Dysentery and liver abscess in Bombay - Number 47
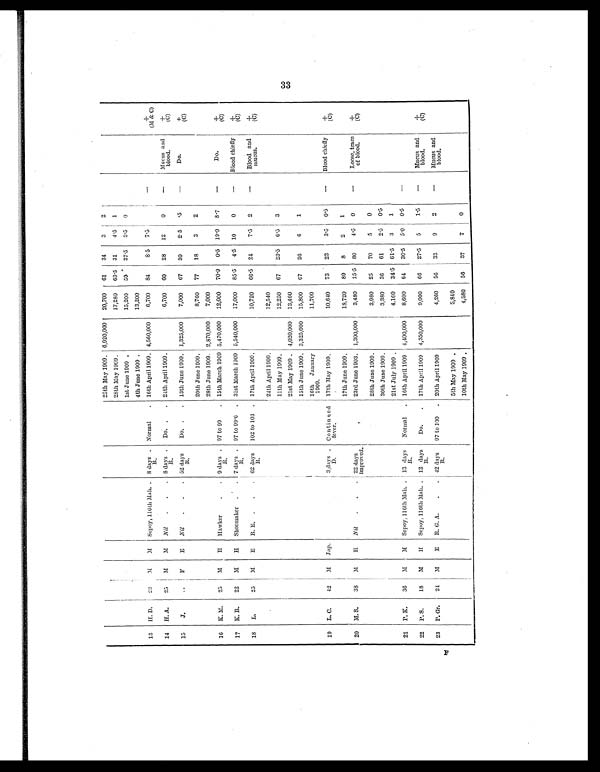
25th May 1909. 6,920,000 20,700 61
34
3 2
28th May 1909.
17,280 63.5 31
4.5 1
1st June 1909
15,200 59
37.5 3.5 0
4th June 1909
13,200
13 H D.
23
M
M Scpoy, 116th Mah.
8 days .
R.
Normal
16th April 1909. 4,560,000
6,700 84
8.5 7.5
—
+
(M & C)
14 H A.
25
M
M Nil
.
.
. 8 days R.
R.
Do
24th April 1909.
6,700 60
28
12
0
—
Mucus and
blood.
+
(C)
15
J
..
F
E Nil
.
.
. 52 days R .
Do
13th June 1909. 1,325,000
7,000 67
30
2.5
5
—
Do.
+
(C)
20th June 1909.
8,760 77
18
3
2
28th June 1909. 2,870,000
7,000
16 K. M.
25
M
H Hawker
.
. 9 days
R.
97 to 99
15th March 1909 5,470,000 12,000 70.9 0.5 19.9 8.7
—
Do.
+
(C)
17 K. R.
22
M
H Shoemaker .
. 7 days
R.
97 to 99 .6
31st March 1909 5,540,000 17,000 85.5 4.5 10
0
— Blood chiefly
+
(C)
18 L.
25
M
E R. E. .
.
. 62 days
R.
102 to 103
17th April 1909.
10,720 66.5 24
7.5 2
—
Blood and
mucus.
+
(C)
24th April 1909.
12,540
11th May 1909.
12,250 67
23.5 6.5 3
21st May 1909. 4,020,000 13,460
15th June 1909. 3,325,000 15,800 67
26
6
1
16th January
11,700
1909.
19 L. C.
42
M
Jap.
3 days .
D.
Continued
fever.
17th May 1909.
10,640 73
23
3.5 0.5
— Blood chiefly
+
(C)
17th June 1909.
18,720 89
8
2
1
20 M. S.
38
M
H Nil
.
.
. 22 days
improved.
,
23rd June 1903. 1,300,000
3,480 15.5 80
4.5 0
—
Loose, trace
of blood.
+
(C)
28th June 1909.
3,980 25
70
5
0
30th June 1909.
3,380 36
61
2.5 0.5
21st July 1909 .
4,160 34.5 61.5 3
1
21 P. K.
36
M
M Sepoy, 116th Mah. . 13 days R .
Normal . 16th April 1909 4,400,000
8,600 64
30.5 5.0 0.5
—
22 P. S.
18
M
H Scpoy, 116th Mah.. 12 days
R.
Do.
. 17th April 1909 4,350,000
9,000 66
27.5 5
1.5
—
Mucus and
blood.
+
(C)
23 P. Gr.
24
M
E R. G. A.
.
. 42 days
R
97 to 100 . 20th April 1909
4,260 56
33
9
2
—
Mucus and
blood.
5th May 1909 .
5,840
10th May 1909 .
4,580 56
37
7
0
33